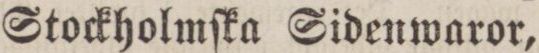
Stockholmſka Sidenwaror,